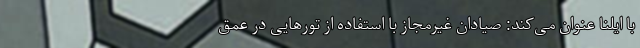
با ایلنا عنوان می‌کند: صیادان غیرمجاز با استفاده از تور‌هایی در عمق